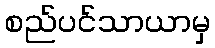
စည်ပင်သာယာမှ